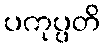
ပကုပ္ပတိ